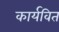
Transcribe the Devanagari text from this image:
कार्यवित